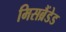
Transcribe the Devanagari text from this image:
मिसब्रैंडेड